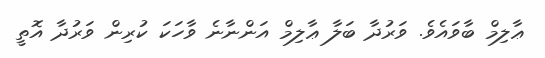
ޢާލިމް ބާވައެވެ. ވަރުދާ ބަލާ ޢާލިމް އަންނާނެ ވާހަކަ ކުރިން ވަރުދާ އޮތީ